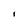
Character: I